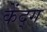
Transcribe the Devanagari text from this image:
केंद्ग